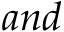
a n d